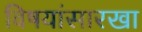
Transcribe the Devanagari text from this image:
विषयांसारखा